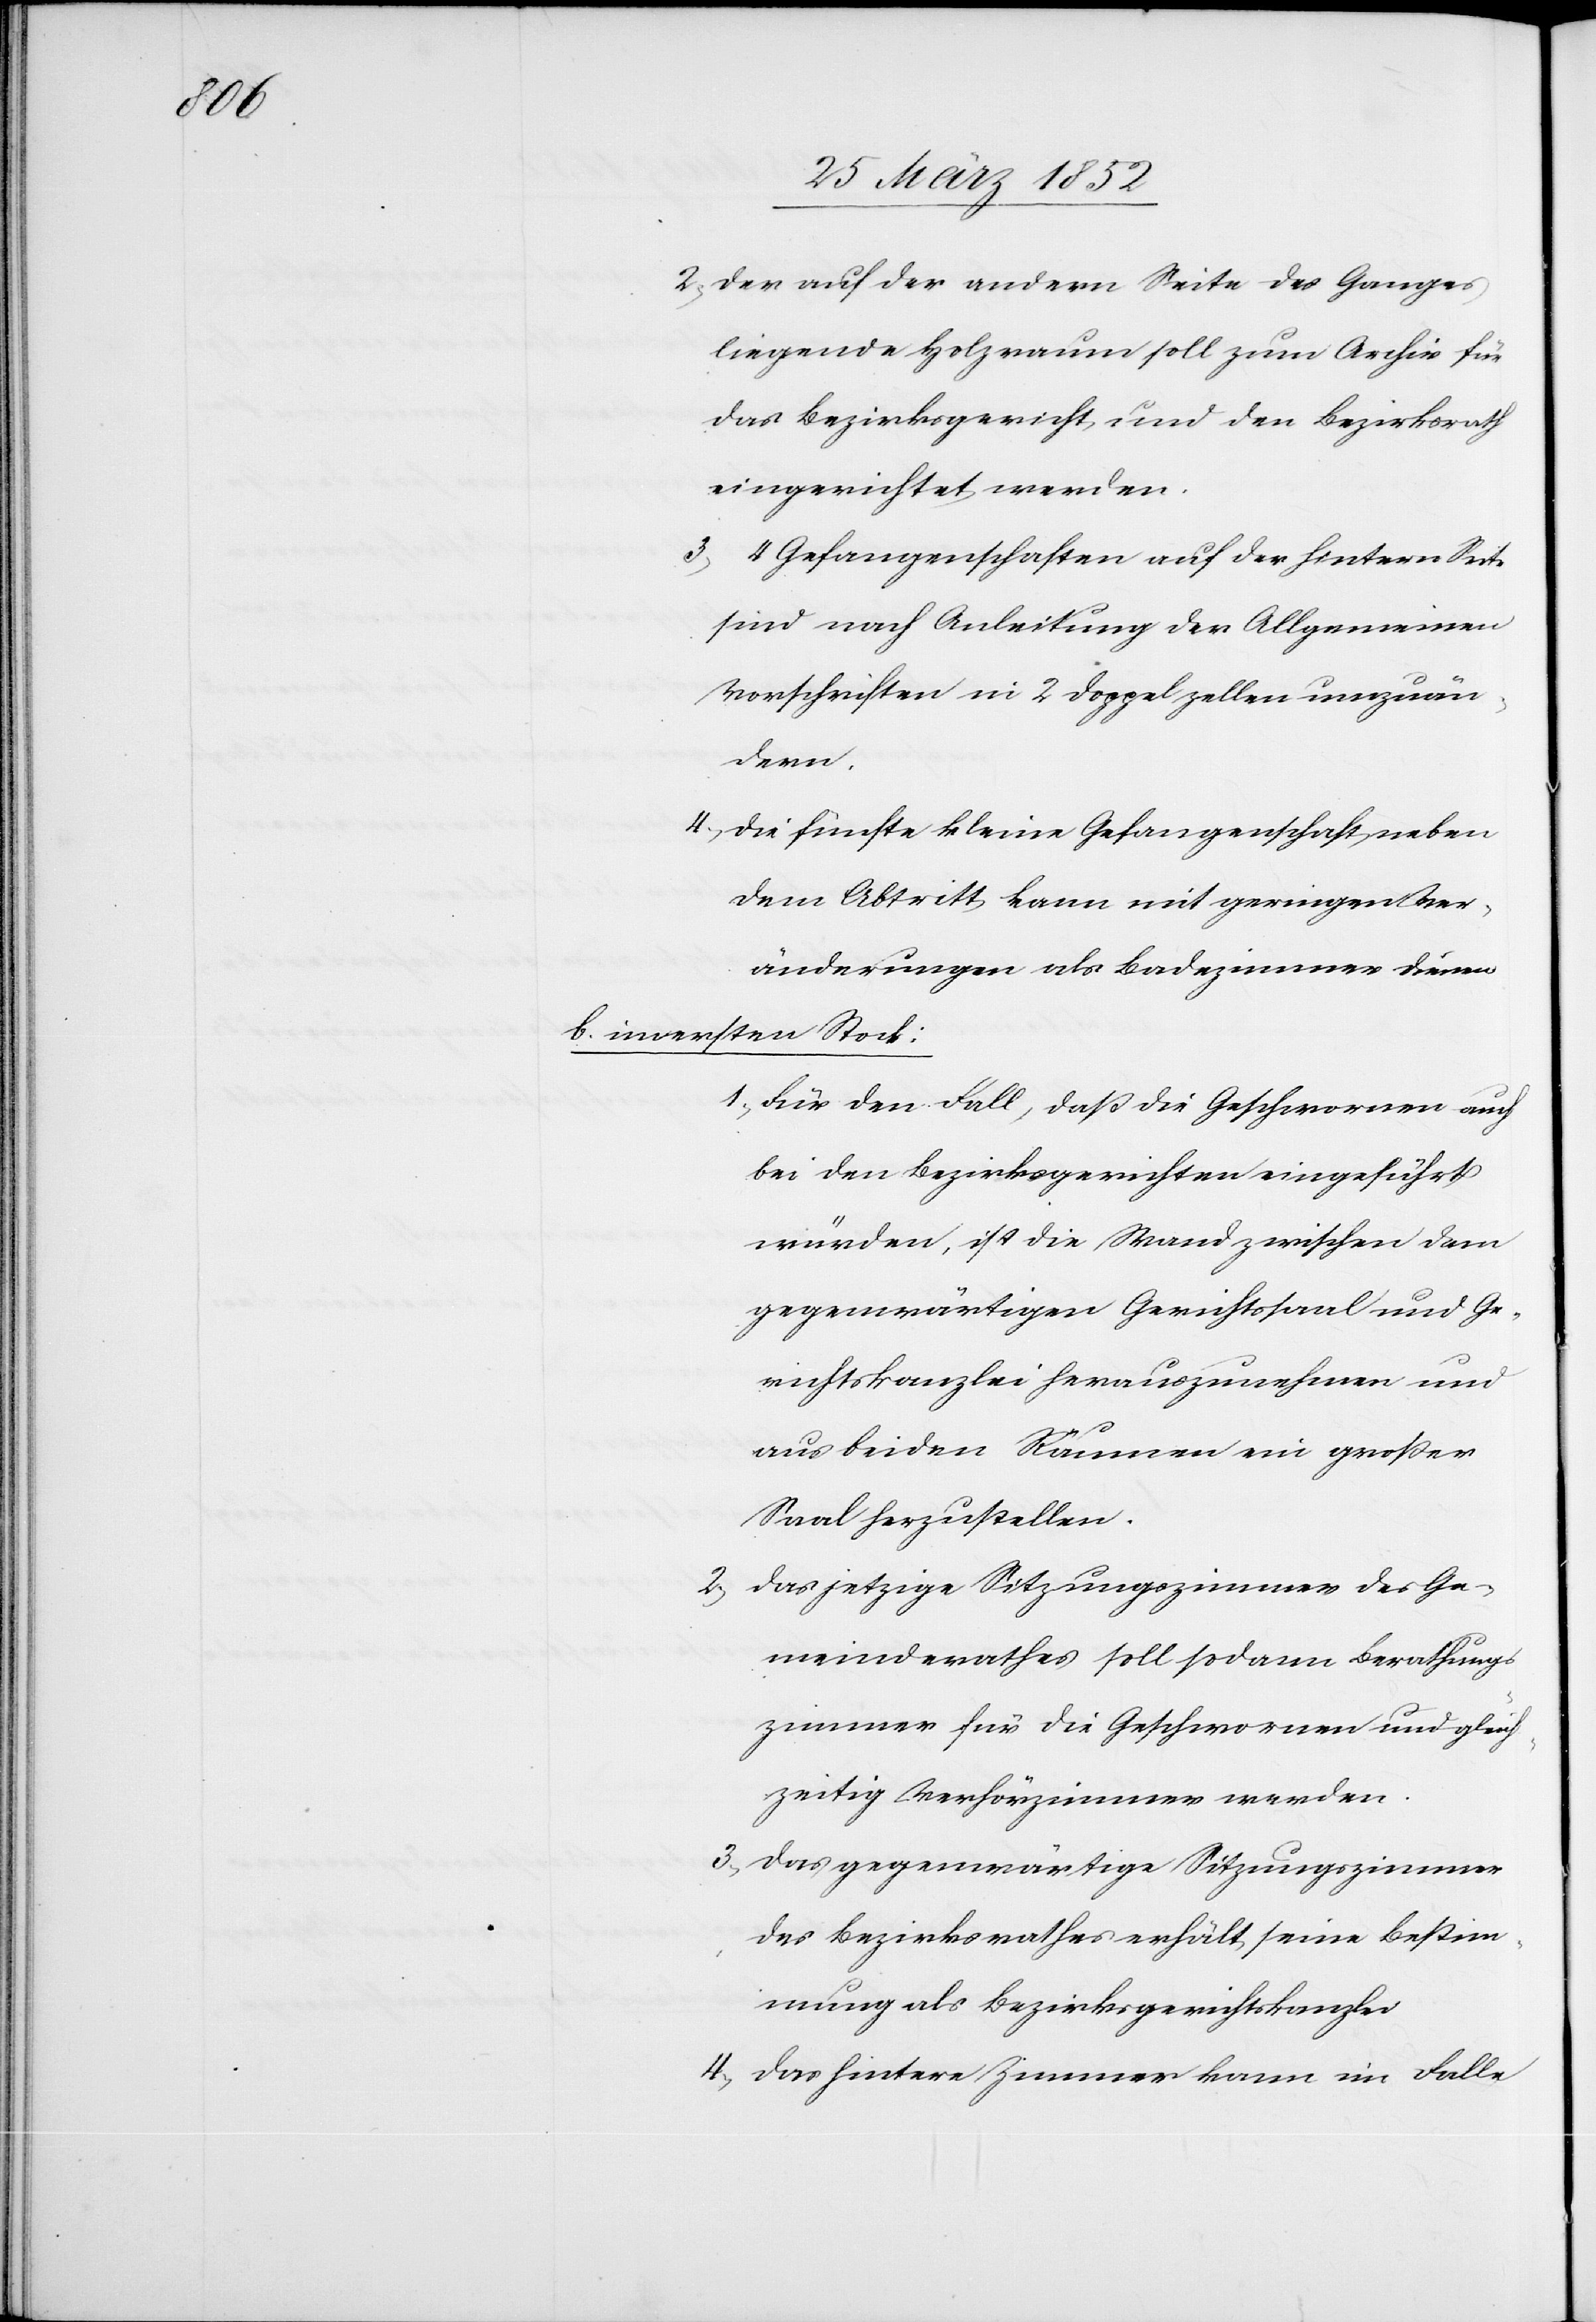
2) Der auf der andern Seite des Ganges
liegende Holzraum soll zum Archiv für
das Bezirksgericht, und den Bezirksrath
eingerichtet werden.
3) 4 Gefangenschaften auf der hintern Seite
sind nach Anleitung der Allgemeinen
Vorschriften in 2 Doppelzellen umzuän¬
dern.
4) Die fünfte kleine Gefangenschaft neben
dem Abtritt kann mit geringen Ver¬
änderungen als Badezimmer dienen.
b) im ersten Stock:
1) Für den Fall, daß die Geschwornen auch
bei den Bezirksgerichten eingeführt
würden, ist die Wand zwischen dem
gegenwärtigen Gerichtssaal und Ge¬
richtskanzlei herauszunehmen und
aus beiden Räumen ein großer
Saal herzustellen.
2) Das jetzige Sitzungszimmer des Ge¬
meinderathes soll sodann Berathungs¬
zimmer für die Geschwornen und gleich¬
zeitig Verhörzimmer werden.
3) Das gegenwärtige Sitzungszimmer
des Bezirksrathes erhält seine Bestim¬
mung als Bezirksgerichtskanzlei.
4) Das hintere Zimmer kann im Falle